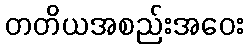
တတိယအစည်းအဝေး